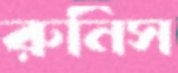
রুনিস